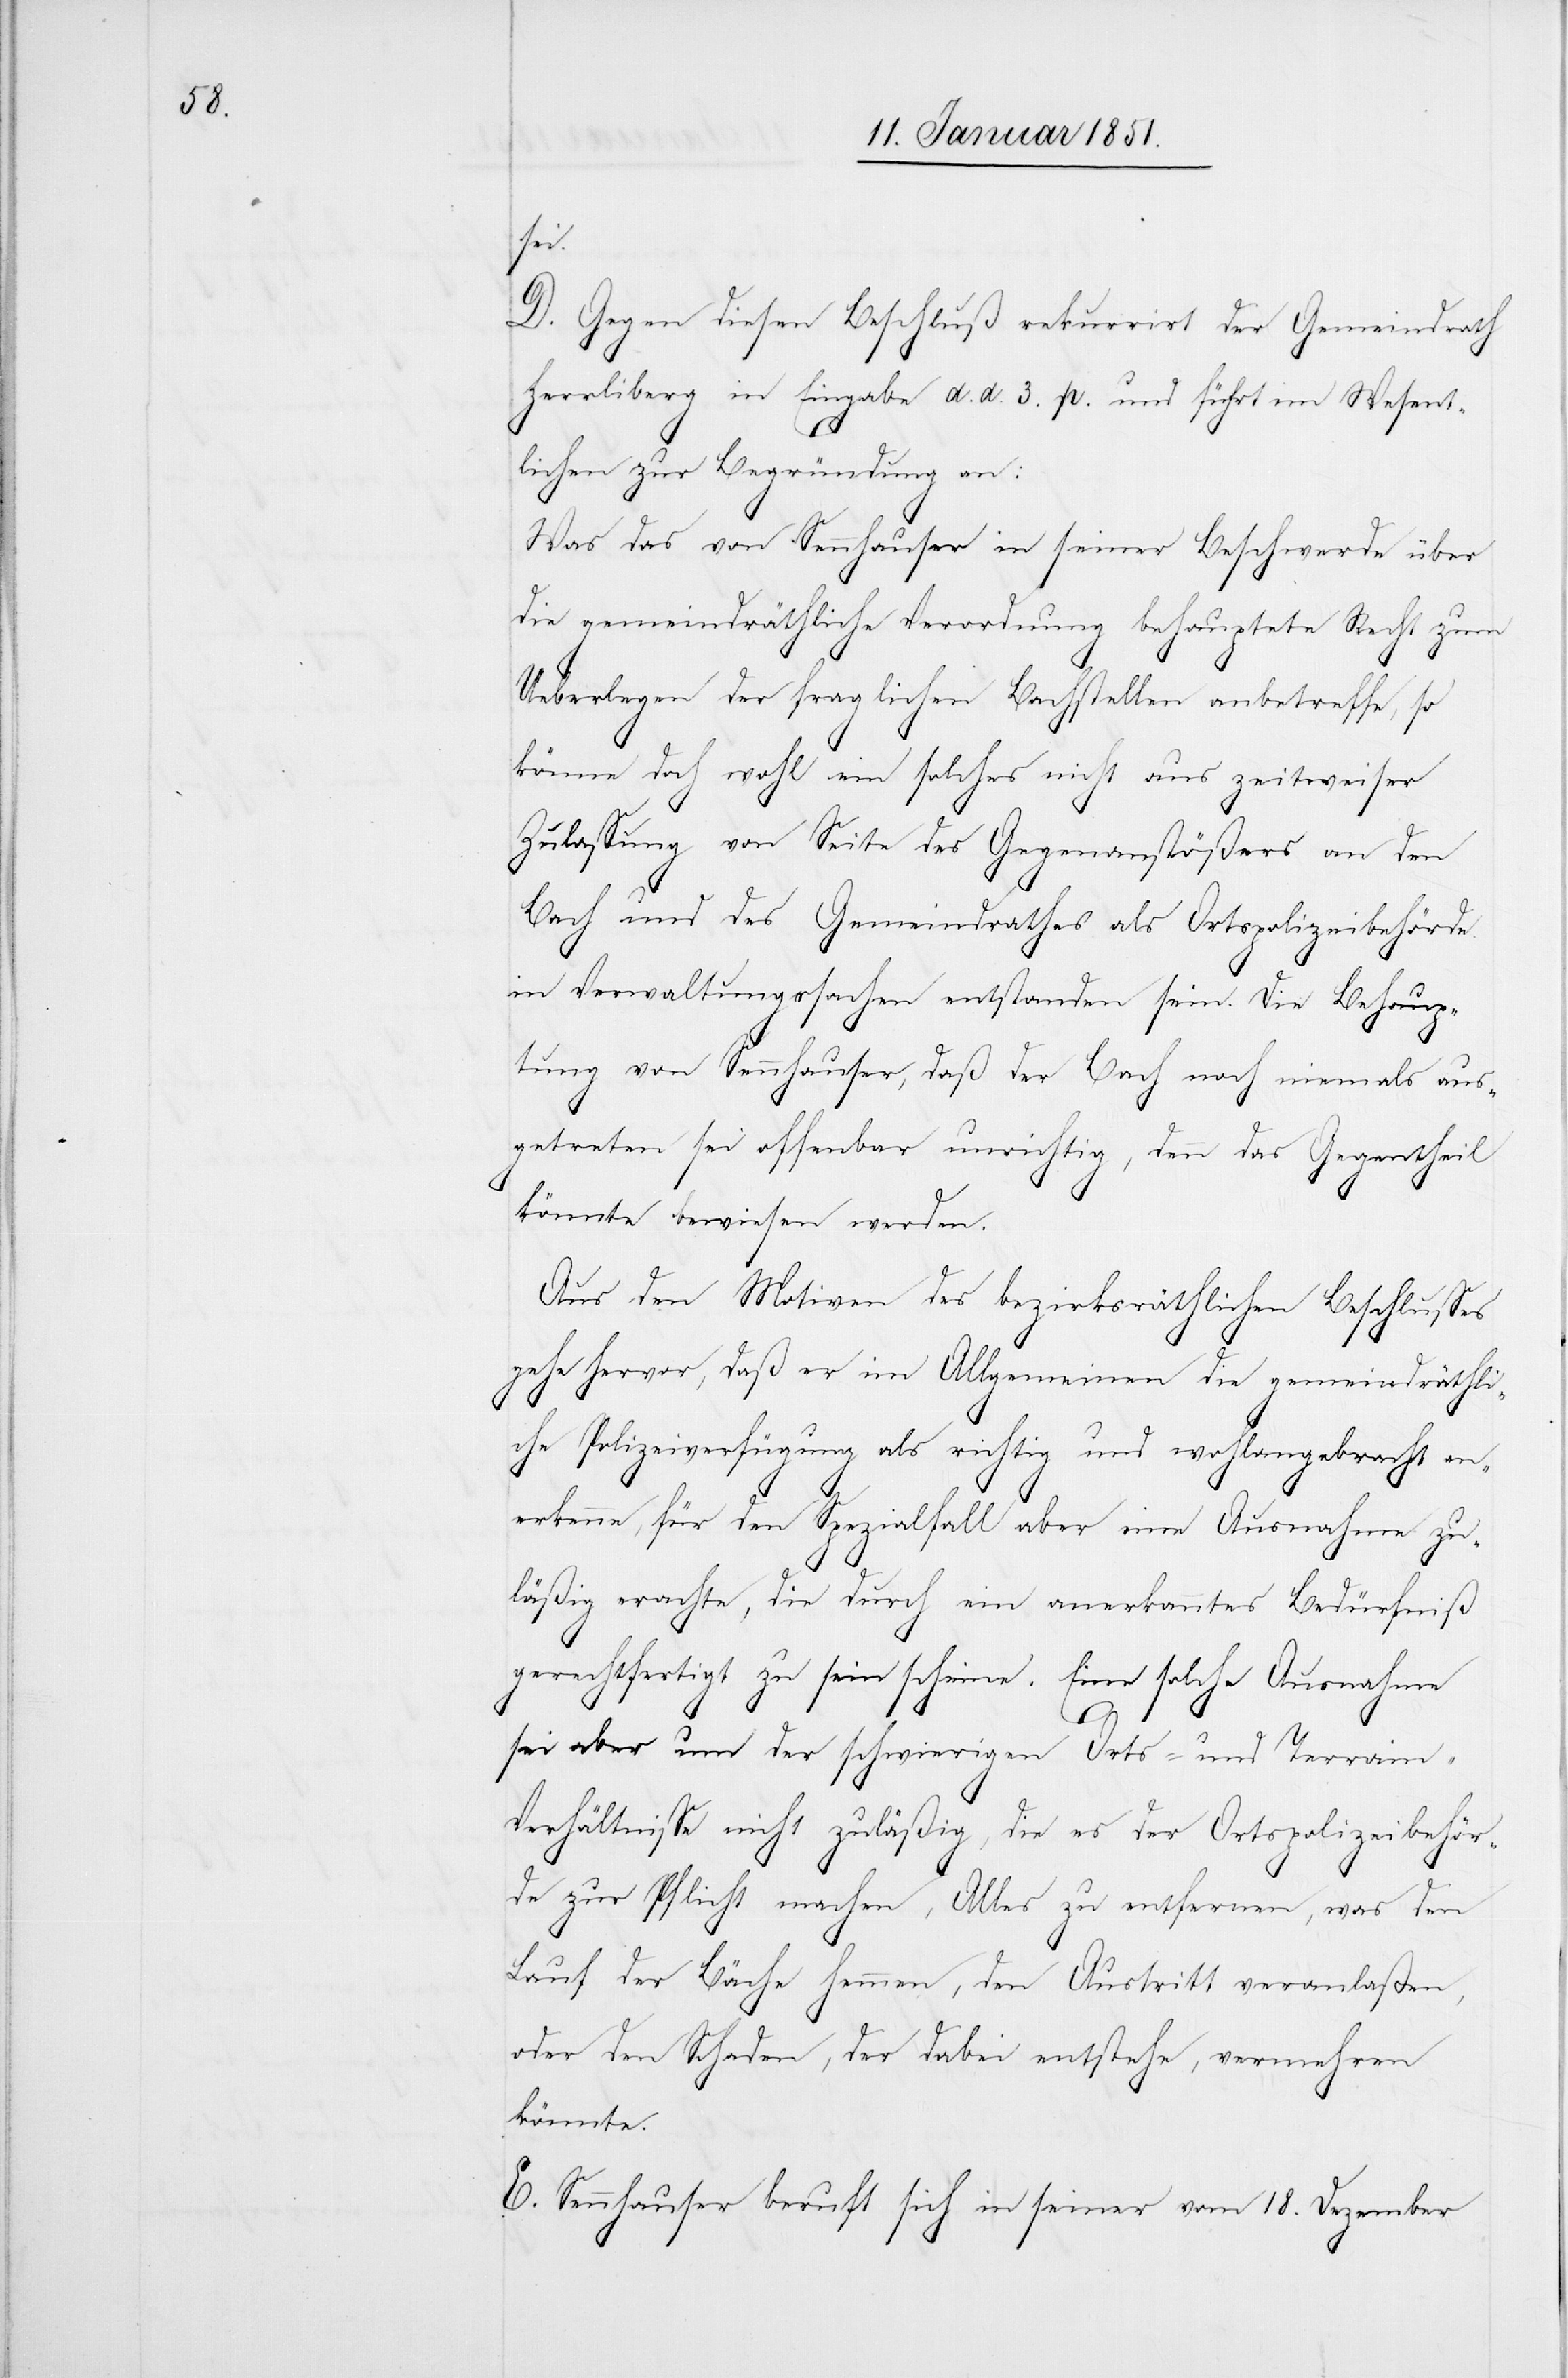
sei.
D. Gegen diesen Beschluß rekurrirt der Gemeindrath
Herrliberg in Eingabe d. d. 3. p. und führt im Wesent¬
lichen zur Begründung an:
Was das von Sennhauser in seiner Beschwerde über
die gemeindräthliche Verordnung behauptete Recht zum
Ueberlegen der fraglichen Bachstellen anbetreffe, so
könne doch wohl ein solches nicht aus zeitweiser
Zulassung von Seite des Gegenanstößers an den
Bach und des Gemeindrathes als Ortspolizeibehörde
in Verwaltungssachen entstanden sein. Die Behaup¬
tung von Sennhauser, daß der Bach noch niemals aus¬
getreten sei offenbar unrichtig, denn das Gegentheil
könnte bewiesen werden.
Aus den Motiven des bezirksräthlichen Beschlusses
gehe hervor, daß er im Allgemeinen die gemeindräthli¬
che Polizeiverfügung als richtig und wohlangebracht an¬
erkenne, für den Spezialfall aber eine Ausnahme zu¬
läßig erachte, die durch ein anerkanntes Bedürfniß
gerechtfertigt zu sein scheine. Eine solche Ausnahme
sei aber um der schwierigen Orts- und Terrai¬
n-Verhältnisse nicht zuläßig, die es der Ortspolizeibehör¬
de zur Pflicht machen, Alles zu entfernen, was den
Lauf der Bäche hemmen, den Austritt veranlaßen,
oder den Schaden, der dabei entstehe, vermehren
könnte.
E. Sennhauser beruft sich in seiner vom 18. Dezember